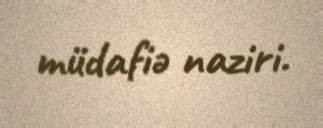
müdafiə naziri.